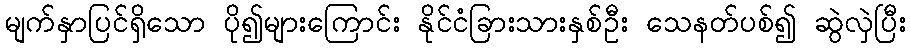
မျက်နှာပြင်ရှိသော ပို၍များကြောင်း နိုင်ငံခြားသားနှစ်ဦး သေနတ်ပစ်၍ ဆွဲလှဲပြီး